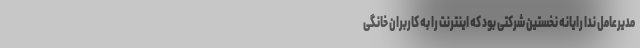
مدیرعامل ندا رایانه نخستین شرکتی بود که اینترنت را به کاربران خانگی